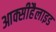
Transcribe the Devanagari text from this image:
आक्सीहैलाइड